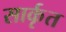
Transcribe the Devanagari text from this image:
सार्कृत